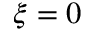
\xi = 0